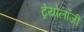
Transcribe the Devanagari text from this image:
ट्रेयोलॉजी